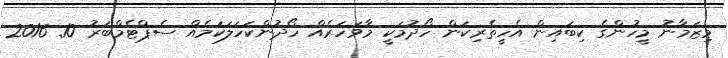
މިޒަމާނު މީހުންގެ ކިބައިން އެހީތެރިކަން ހޯދުމަކީ މާވަހަރެއް ހޯދުންކަހަލަކަމެއް ސެޕްޓެމްބަރު 10